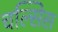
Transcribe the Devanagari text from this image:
चल्सिस